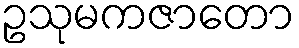
ဥသုမကဇာတော